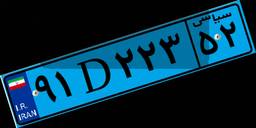
۹۱D۲۲۳۵۲